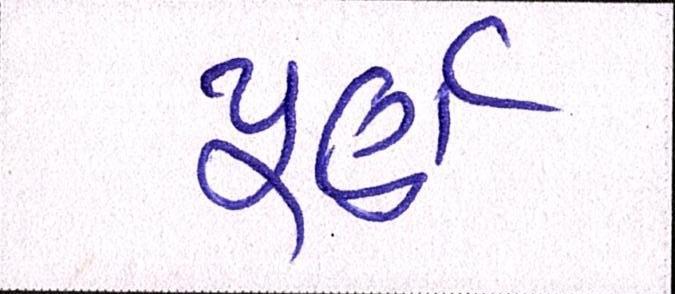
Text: પૂર્ણ